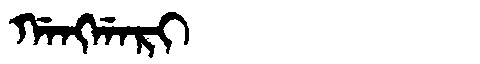
Manchu: ᡤᠠᠩᡤᠠᡵᡳ
Romanization: GANGGARI